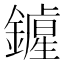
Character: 𨭲